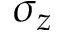
\sigma _ { z }